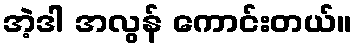
အဲ့ဒါ အလွန် ကောင်းတယ်။